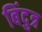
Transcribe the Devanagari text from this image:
बिंदुत्र